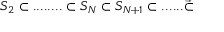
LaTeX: S _ { 2 } \subset . . . . . . . . \subset S _ { N } \subset S _ { N + 1 } \subset . . . . . . \vec { \subset }